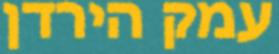
עמק הירדן